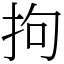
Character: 拘